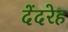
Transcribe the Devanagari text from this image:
देंदरेह